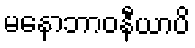
မနောဘာဝနီယာပိ